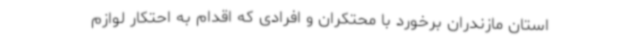
استان مازندران برخورد با محتکران و افرادی که اقدام به احتکار لوازم